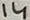
Text: 14